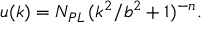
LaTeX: u ( k ) = N _ { P L } \, { ( k ^ { 2 } / b ^ { 2 } + 1 ) ^ { - n } } .